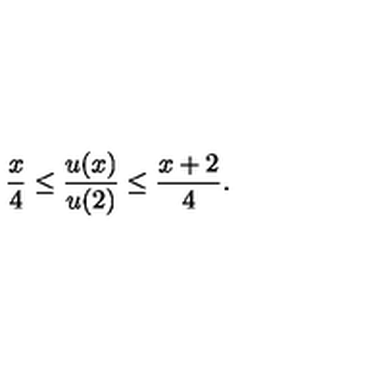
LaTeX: \frac x 4 \leq \frac { u ( x ) } { u ( 2 ) } \leq \frac { x + 2 } { 4 } .